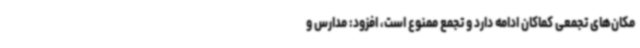
مکان‌های تجمعی کماکان ادامه دارد و تجمع ممنوع است، افزود: مدارس و